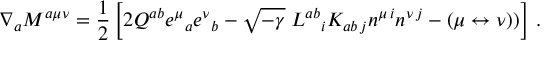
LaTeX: \nabla _ { a } { \cal M } ^ { a \mu \nu } = { \frac { 1 } { 2 } } \left[ 2 { \cal Q } ^ { a b } e ^ { \mu } { } _ { a } e ^ { \nu } { } _ { b } - \sqrt { - \gamma } \; L ^ { a b } { } _ { i } K _ { a b \, j } n ^ { \mu \, i } n ^ { \nu \, j } - ( \mu \leftrightarrow \nu ) ) \right] \, .